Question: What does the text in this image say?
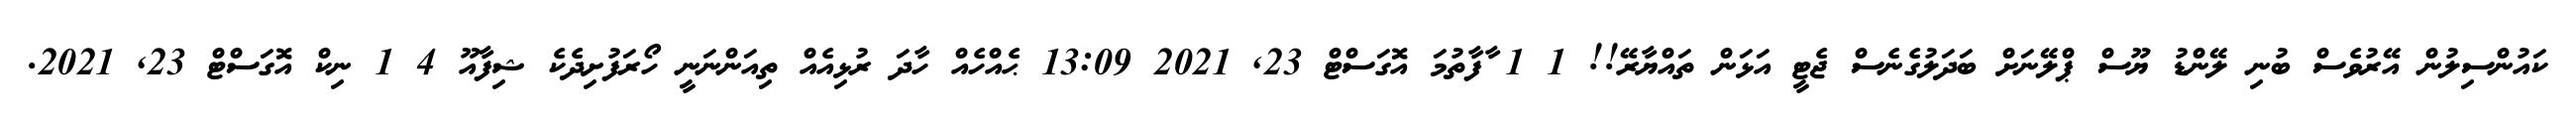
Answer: ކައުންސިލުން އޭރުވެސް ބުނި ލޭންޑު ޔޫސް ޕްލޭނަށް ބަދަލުގެނެސް ޖެޓީ އަޅަން ތައްޔާރޭ!! 1 1 ާފާތުމަ އޮގަސްޓް 23, 2021 13:09 ޙެއްހެއް ހާދަ ރުޅިއެއް ތިއަންނަނީ ހޯރަފުށިދެކެ ޝިފާއޫ 4 1 ނިކް އޮގަސްޓް 23, 2021.